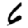
Digit: 6